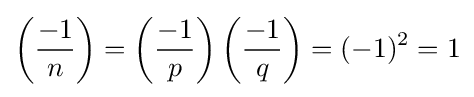
\left({\frac {-1}{n}}\right)=\left({\frac {-1}{p}}\right)\left({\frac {-1}{q}}\right)=(-1)^{2}=1